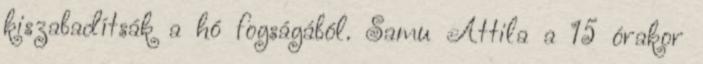
kiszabadítsák a hó fogságából. Samu Attila a 15 órakor